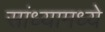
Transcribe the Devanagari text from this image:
सांध्यामध्ये